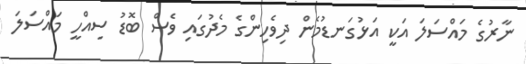
ނާރުގެ މައްސަލަ އަކީ އަޅުގަނޑުމެން ދިވެހިންގެ މެދުގައި ވެސް ބޮޑު ސިއްހީ މައްސަލަ